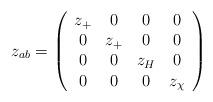
LaTeX: \begin{align*}z_{a b} = \left(\begin{array}{cccc} z_+& 0& 0 & 0 \\ 0 & z_+ & 0& 0\\ 0 & 0 & z_H & 0 \\ 0 & 0 & 0& z_\chi \end{array} \right)\end{align*}